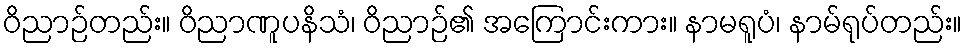
ဝိညာဉ်တည်း။ ဝိညာဏူပနိသံ၊ ဝိညာဉ်၏ အကြောင်းကား။ နာမရူပံ၊ နာမ်ရုပ်တည်း။